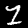
Label: 1